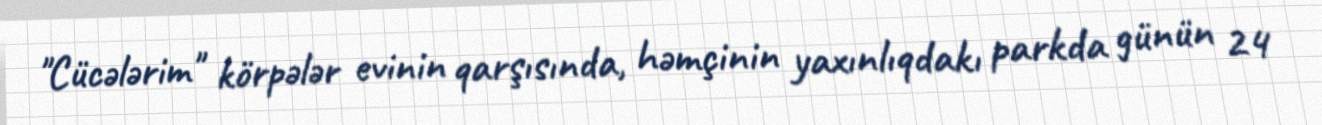
"Cücələrim" körpələr evinin qarşısında, həmçinin yaxınlıqdakı parkda günün 24